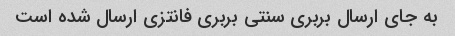
به جای ارسال بربری سنتی بربری فانتزی ارسال شده است